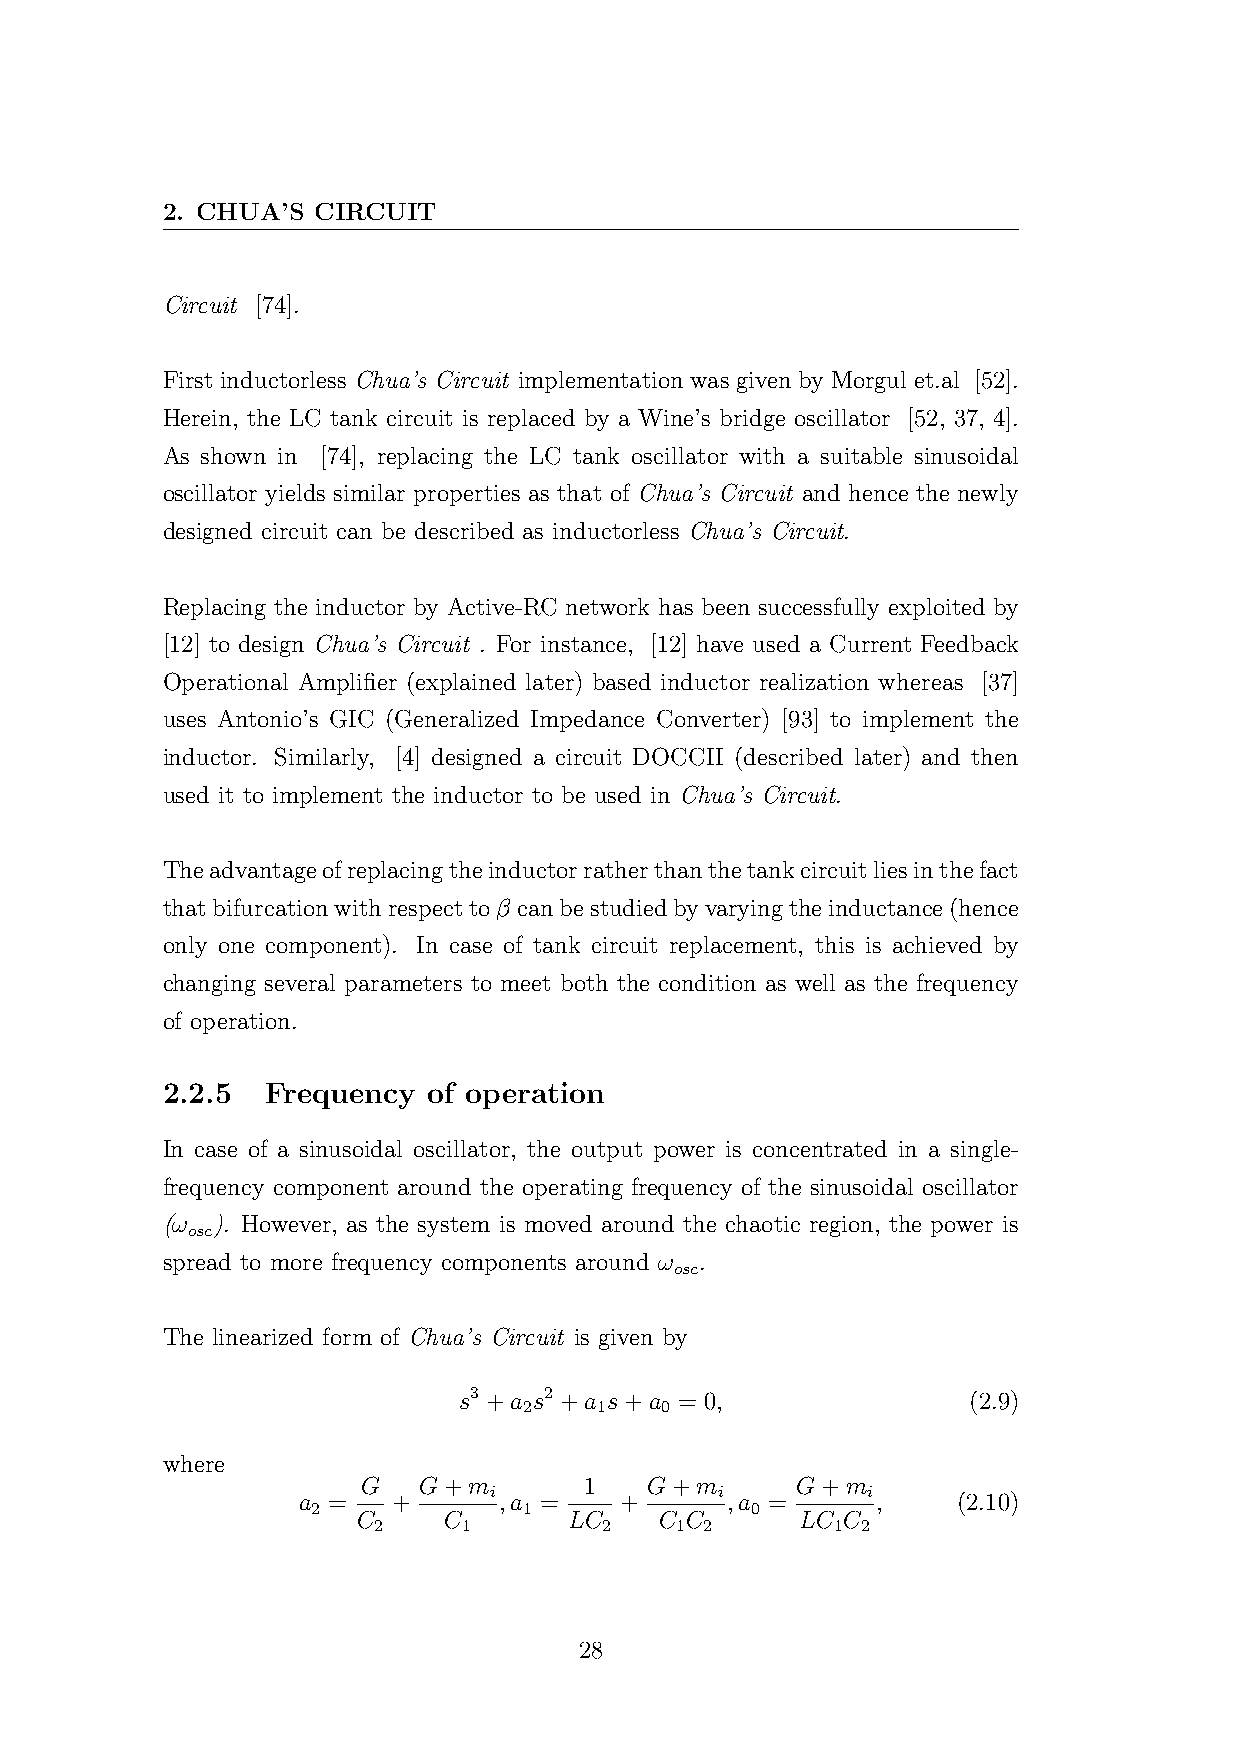
2. CHUA’S CIRCUIT
 Circuit [74].
 First inductorless Chua’s Circuit implementation was given by Morgul et.al [52].
 Herein, the LC tank circuit is replaced by a Wine’s bridge oscillator [52, 37, 4].
 As shown in [74], replacing the LC tank oscillator with a suitable sinusoidal
 oscillator yields similar properties as that of Chua’s Circuit and hence the newly
 designed circuit can be described as inductorless Chua’s Circuit.
 Replacing the inductor by Active-RC network has been successfully exploited by
 [12] to design Chua’s Circuit . For instance, [12] have used a Current Feedback
 Operational Amplifier (explained later) based inductor realization whereas [37]
 uses Antonio’s GIC (Generalized Impedance Converter) [93] to implement the
 inductor. Similarly, [4] designed a circuit DOCCII (described later) and then
 used it to implement the inductor to be used in Chua’s Circuit.
 Theadvantageofreplacingtheinductorratherthanthetankcircuitliesinthefact
 thatbifurcationwithrespecttoβ canbestudiedbyvaryingtheinductance(hence
 only one component). In case of tank circuit replacement, this is achieved by
 changing several parameters to meet both the condition as well as the frequency
 of operation.
 2.2.5  Frequency of operation
 In case of a sinusoidal oscillator, the output power is concentrated in a single-
 frequency component around the operating frequency of the sinusoidal oscillator
 (ω ). However, as the system is moved around the chaotic region, the power is
 osc
 spread to more frequency components around ω .
 osc
 The linearized form of Chua’s Circuit is given by
 s3 +a s2 +a s+a = 0,              (2.9)
 2    1   0
 where
 G   G+m        1   G+m       G+m
 i              i         i
 a =   +      ,a =    +      ,a =      ,    (2.10)
 2             1              0
 C    C        LC    C C      LC C
 2     1        2    1 2       1 2
 28